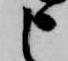
申